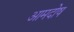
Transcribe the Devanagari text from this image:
आमदोष